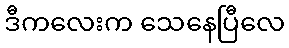
ဒီကလေးက သေနေပြီလေ